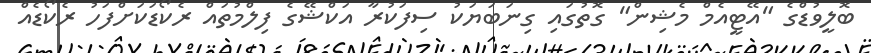
ބޮލީވުޑްގެ "އޭޓީއެމް މެޝިން" ގޮތުގައި ގިނަބަޔަކު ސިފަކުރާ އަކްޝޭގެ ފިލްމުތައް ރެކޯޑަކަށްފަހު ރެކޯޑެއް